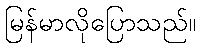
မြန်မာလိုပြောသည်။